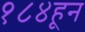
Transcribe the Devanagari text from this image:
१८४हून